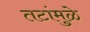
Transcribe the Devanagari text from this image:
तटांमुळे